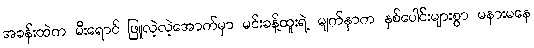
အခန်းထဲက မီးရောင် ဖြူလဲ့လဲ့အောက်မှာ မင်းခန့်ထူးရဲ့ မျက်နှာက နှစ်ပေါင်းများစွာ မနားမနေ